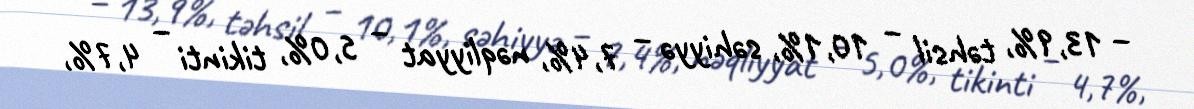
– 13,9%, təhsil – 10,1%, səhiyyə – 7,4%, nəqliyyat – 5,0%, tikinti – 4,7%,